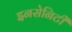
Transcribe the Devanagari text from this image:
इनसेनिटी